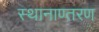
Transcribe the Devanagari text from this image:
स्थानाण्तरण